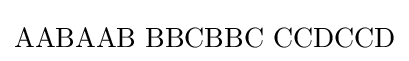
\mathrm {AABAAB\,\,BBCBBC\,\,CCDCCD}